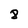
Character: 8